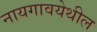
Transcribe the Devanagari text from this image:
नायगावयेथील